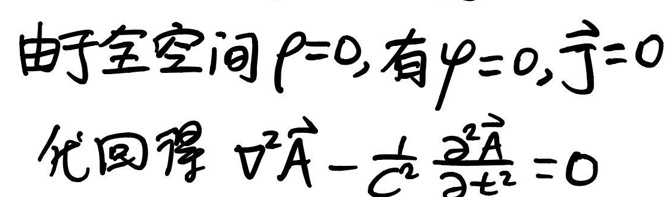
由于全空间\(\rho = 0\)，有\(\varphi = 0\)，\(\vec{j} = 0\)
代入得\(\nabla^{2} \vec{A}-\frac{1}{c^{2}} \frac{\partial^{2} \vec{A}}{\partial t^{2}} = 0\)